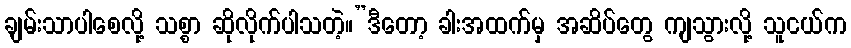
ချမ်းသာပါစေလို့ သစ္စာ ဆိုလိုက်ပါသတဲ့။”ဒီတော့ ခါးအထက်မှ အဆိပ်တွေ ကျသွားလို့ သူငယ်က